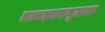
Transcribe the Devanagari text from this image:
तत्वज्ञानमूलक